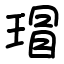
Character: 瑁